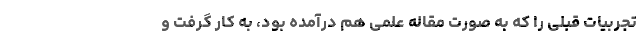
تجربیات قبلی را که به صورت مقاله علمی هم درآمده بود، به کار گرفت و